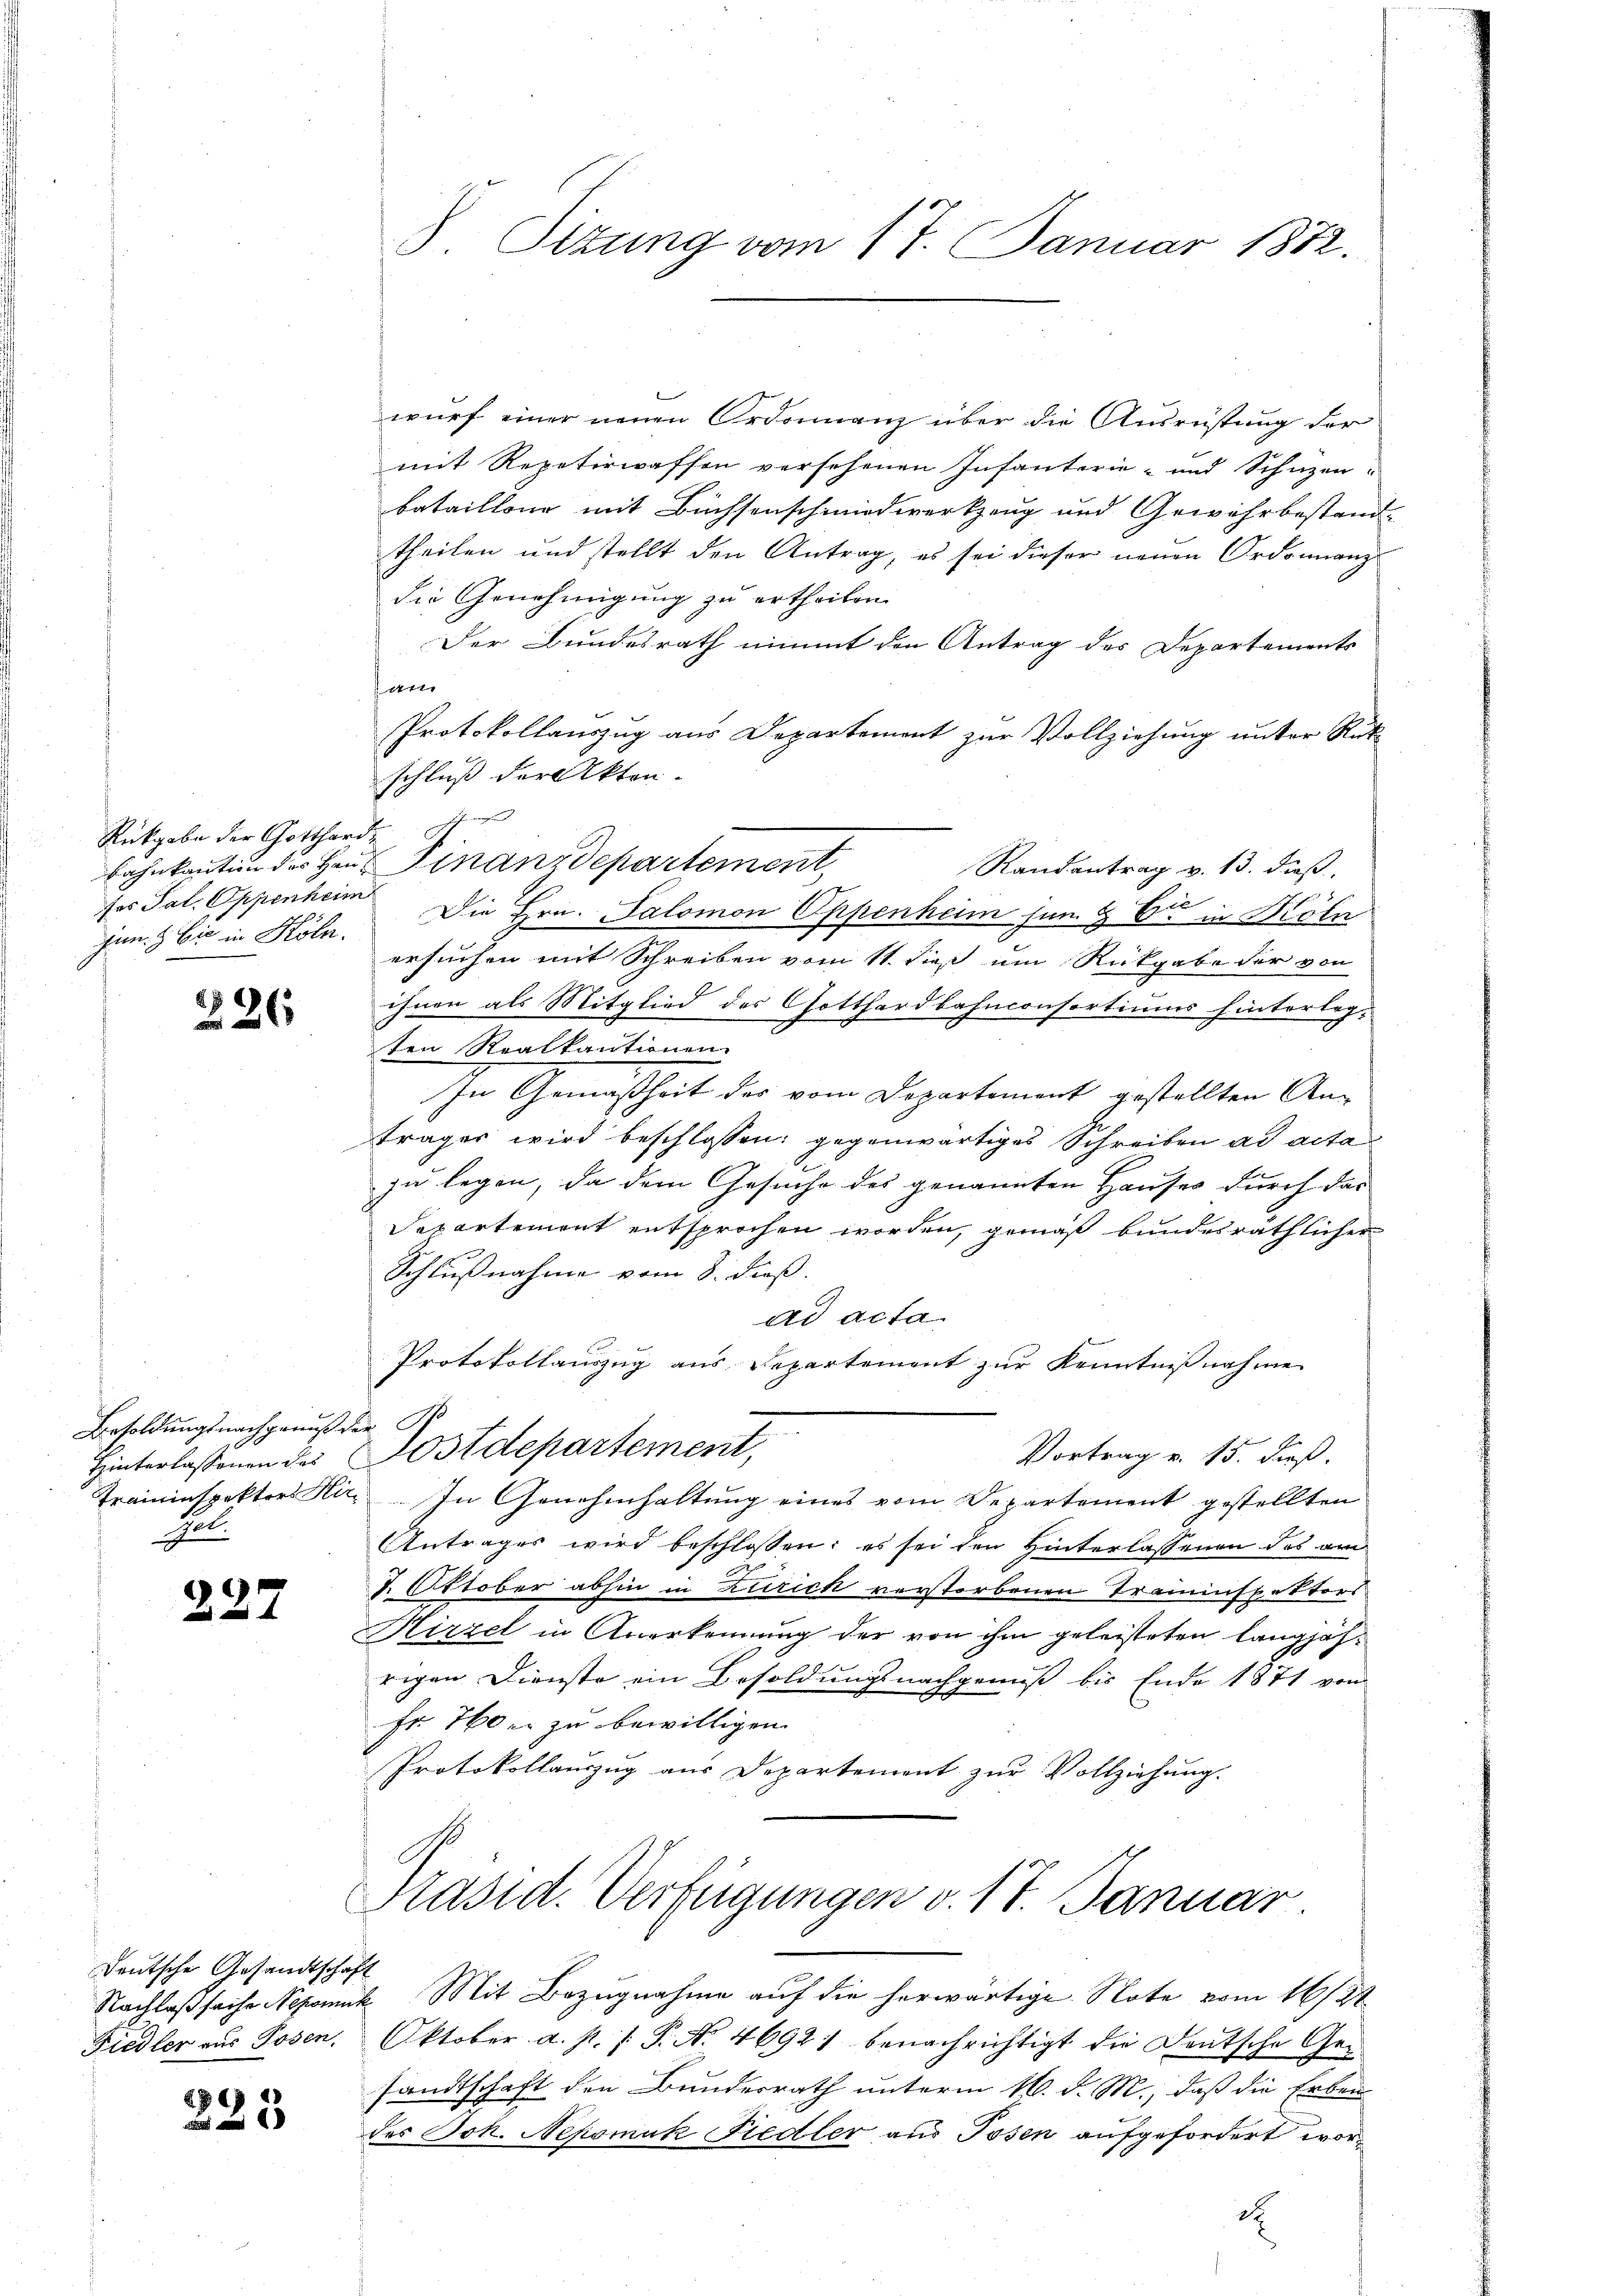
Rückgabe der Gotthard.
bahnkaution des Hauses Tal. Oppenheim
gen. Cie in Kola.

226

Besoldungsnachgenuß de
Hinterlassenen des
Traininspektors Hir¬
Hol.

227

Deutsche Gesandtschaft
Nachlaßsache Nepomuk
Fiedler aus Posen.

225

8. Sitzung vom 17. Januar 1872.

wurf einer neuen Ordonnanz über die Ausrüstung der
mit Repetirwaffen versehenen Infanterie- und Schuzen-
bataillone mit Büchsenschmidwerkzeug und Gewähr bestand-
theilen und stellt den Antrag, es sei dieser neuen Ordonnanz
die Genehmigung zu ertheilen.
Der Bundesrath nimmt den Antrag des Departements
14
Protokollauszug aus Departement zur Vollziehung unter Rück-
schluß der Akten.
G
Randantrag v. 13. daß
Die Hrn. Salomon Oppenheim jun. Er in Köln
ersuchen mit Schreiben vom 11. dieß um Rückgabe der von
ihnen als Mitglied des Gotthardbahnconsortiums hinterlegten Realkautionen
In Gemäßheit des vom Departement gestellten Antrages wird beschlossen: gegenwärtiges Schreiben ad acta
zu legen, da dem Gesuche des genannten Hauses durch das
Separtement entsprochen worden, gemäß bundesräthlicher
Schlußnahme vom 8. dieß
ad acta
Protokollauszug aus Departement zur Kenntnißnahme
f G
ostdepartement,
Vortrag v. 15. dieß.
In Genehmhaltung eines vom Departement gestellten
Antrages wird beschlossen: es sei den Hinterlassenen des am
7. Oktober abhin in Zürich verstorbenen Trauenspektors
Hirzel in Anerkennung der von ihm geleisteten langjährigen Dienste ein Besoldungsnachgenuß bis Ende 1871 von
Fr 760 u. zu bewilligen.
Protokollauszug aus Departement zur Vollziehung.
Präsid. Verfügungen v. 17. Januar
 Mit Bezugnahme auf die herwärtige Note vom 16/2t
Oktober a. p. 1. P. Nr. 46921 benachrichtigt die Deutsche Gesandtschaft den Bundesrath unterm 16. d. M., daß die Erben
des Joh. Nepomuk Fiedler aus Josen aufgefordert wor¬

Finanzdepartement

d